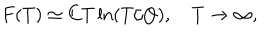
F ( T ) \simeq C T \ln ( T / Q ) , \quad T \to \infty ,